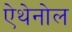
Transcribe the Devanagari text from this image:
ऐथेनोल